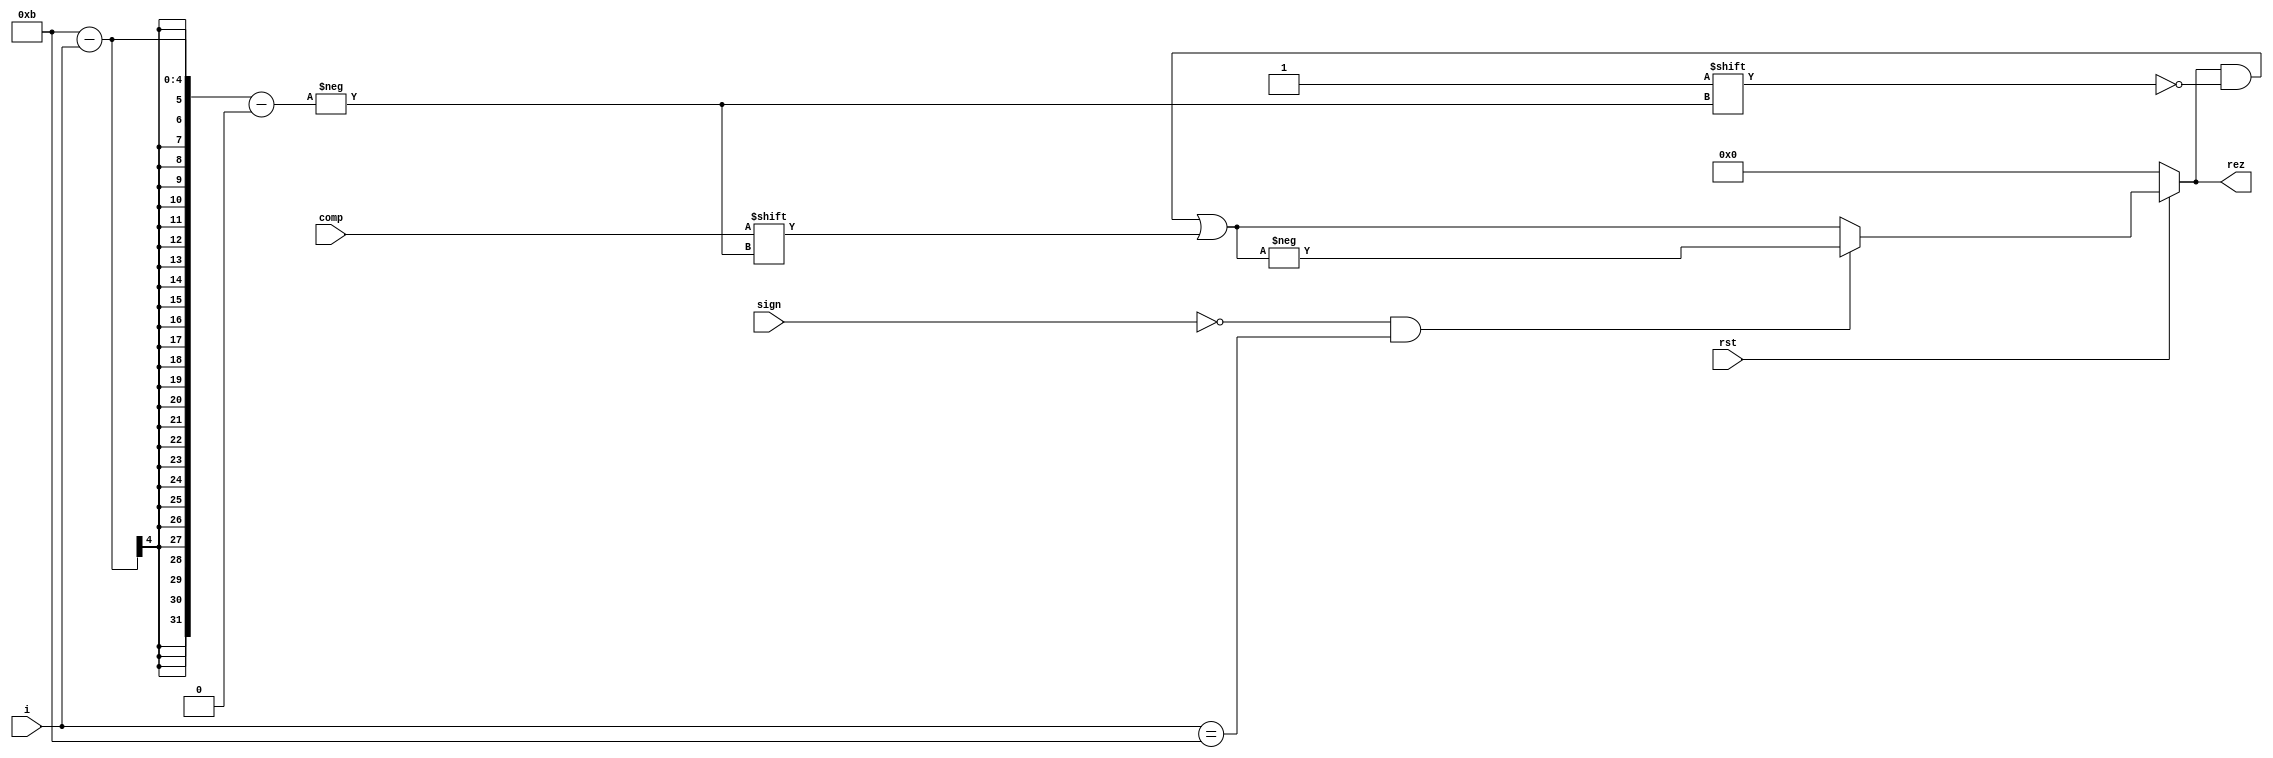
module Concat(
  input comp,
  input [3:0] i,
  input rst,
  input sign,
  output reg signed [10:0] rez
);

reg signed [10:0] aux;
always @ (rst or comp or i)
begin
  if (rst == 1'b0)
      rez = 11'd0;
  else 
    begin
      rez[11 - i] = comp;
      if(sign == 0 && i == 11)
        begin
          aux = -rez;
          rez = aux;
        end
    end
end
endmodule